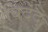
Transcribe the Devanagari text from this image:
बिददु